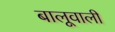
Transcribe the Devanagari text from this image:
बालूवाली